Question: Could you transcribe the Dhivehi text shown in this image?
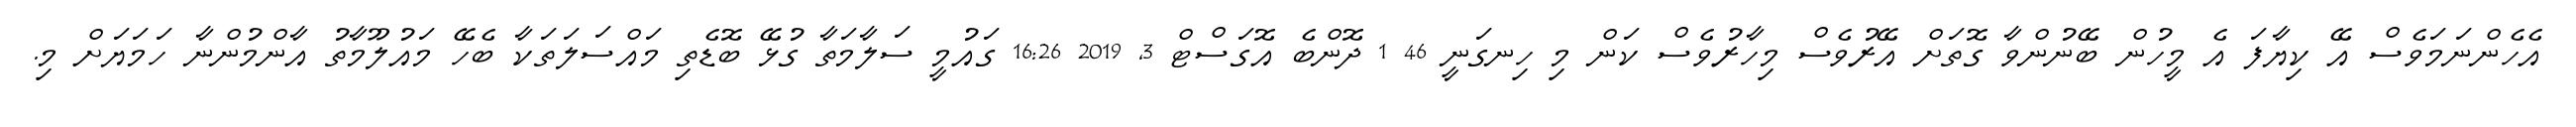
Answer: އެހެންނަމަވެސް އޭ ކިޔާފަ އެ މީހުން ބޭނުންވާ ގޮތަށް އޭރުވެސް މިހާރުވެސް ކަން މި ހިނގަނީ 46 1 ދޮންބެ އޮގަސްޓް 3, 2019 16:26 ގައުމީ ސަލާމަތާ ގުޅޭ ބޮޑެތި މައްސަލަތަކާ ބެހޭ މައުލޫމާތު އާންމުންނާ ހަމަޔަށް މި.